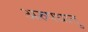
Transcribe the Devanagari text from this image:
अरुपधातु